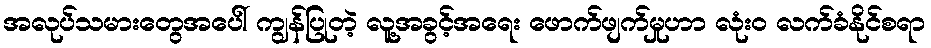
အလုပ်သမားတွေအပေါ် ကျွန်ပြုတဲ့ လူ့အခွင့်အရေး ဖောက်ဖျက်မှုဟာ လုံး၀ လက်ခံနိုင်စရာ